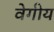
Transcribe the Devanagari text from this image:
वेगीय